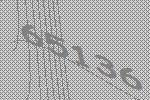
65136